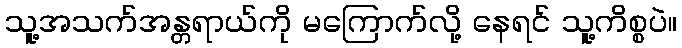
သူ့အသက်အန္တရာယ်ကို မကြောက်လို့ နေရင် သူ့ကိစ္စပဲ။